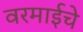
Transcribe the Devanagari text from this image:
वरमाईचे